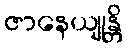
ဇာနေယျုန္တိ